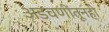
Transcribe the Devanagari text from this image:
अडचणींतूनही